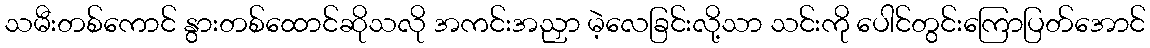
သမီးတစ်ကောင် နွားတစ်ထောင်ဆိုသလို အကင်းအညှာ မဲ့လေခြင်းလို့သာ သင်းကို ပေါင်တွင်းကြောပြတ်အောင်